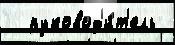
  руковод'и́т'ель